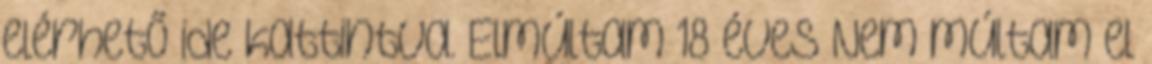
elérhető ide kattintva. Elmúltam 18 éves Nem múltam el